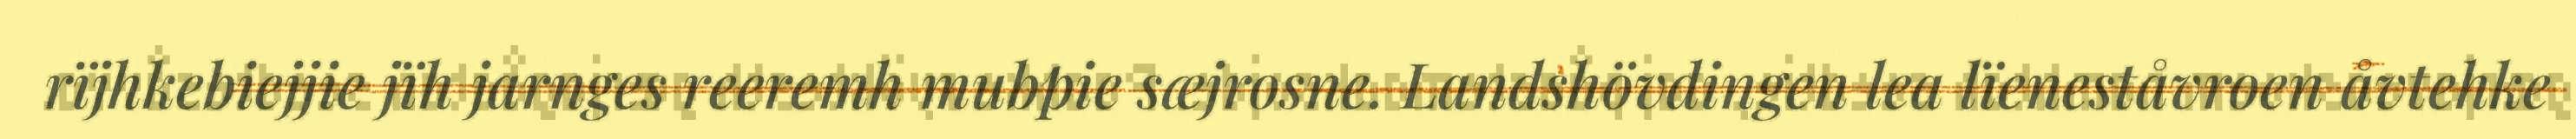
rïjhkebiejjie jïh jarnges reeremh mubpie sæjrosne. Landshövdingen lea lïeneståvroen åvtehke